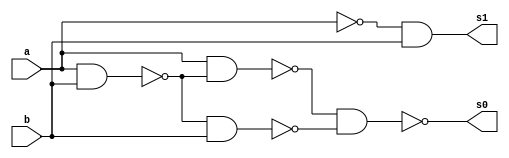
// ---------------------
// Guia 03_03 - Meia Diferena NAND
// Nome: Anderson Belchior de Carvalho
// ---------------------

// ---------------------
// -- meia diferenca
// ---------------------

module meiadiferenca (s0, s1, a, b);
 output s0, s1;
 input  a, b;
 wire s2,s3,s4,s5,s6,s7;
 
 nand nandgate1 (s2, a, b);
 nand nandgate7 (s6, a, a);
 nand nandgate2 (s7, s6, b);
 nand nandgate8 (s1, s7, s7);
 nand nandgate3 (s3, a, b);
 nand nandgate4 (s4, a, s3);
 nand nandgate5 (s5, s3, b);
 nand nandgate6 (s0, s4, s5);

endmodule // meia diferenca

// --------------------------
// -- test meia diferenca nand
// --------------------------

module testmeiadiferenca;
 reg   a, b;             
 wire  s0, s1;
          // instancia
 meiadiferenca MEIADIFERENCA1 (s0, s1, a, b);

 initial begin:start
      a=0; b=0;
 end

          // parte principal
 initial begin:main
      $display("Guia 03_03 - Anderson Belchior de Carvalho - 396673");
      $display("Test Meia Diferenca NAND gate");
      $display("\n a | b = s0 s1\n");
      $monitor(" %b | %b = %b %b", a, b, s0, s1);
  #1  a=0; b=1; 
  #1  a=1; b=0; 
  #1  a=1; b=1; 
  
 end

endmodule // testmeiadiferenca